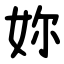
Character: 妳